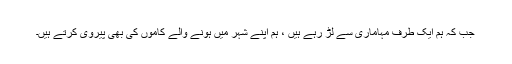
جب کہ ہم ایک طرف مہاماری سے لڑ رہے ہیں ، ہم اپنے شہر میں ہونے والے کاموں کی بھی پیروی کرتے ہیں۔